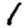
Digit: 1